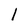
Character: I